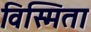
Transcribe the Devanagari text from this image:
विस्मिता